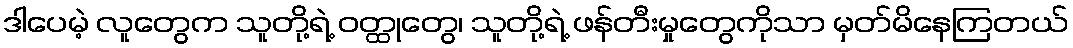
ဒါပေမဲ့ လူတွေက သူတို့ရဲ့ ဝတ္ထုတွေ၊ သူတို့ရဲ့ ဖန်တီးမှုတွေကိုသာ မှတ်မိနေကြတယ်